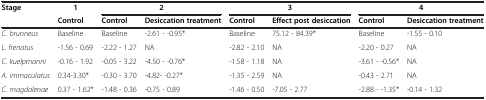
<table><thead><tr><td><b>Stage</b></td><td><b>1</b></td><td colspan="2"><b>2</b></td><td colspan="2"><b>3</b></td><td colspan="2"><b>4</b></td></tr><tr><td><b> </b></td><td><b>Control</b></td><td><b>Control</b></td><td><b>Desiccation treatment</b></td><td><b>Control</b></td><td><b>Effect post desiccation</b></td><td><b>Control</b></td><td><b>Desiccation treatment</b></td></tr></thead><tbody><tr><td><i>C. brunneus</i></td><td>Baseline</td><td>Baseline</td><td>-2.61 - -0.95*</td><td>Baseline</td><td>75.12 - 84.39*</td><td>Baseline</td><td>-1.55 - 0.10</td></tr><tr><td><i>L. frenatus</i></td><td>-1.56 - 0.69</td><td>-2.22 - 1.27</td><td>NA</td><td>-2.82 - 2.10</td><td>NA</td><td>-2.20 - 0.27</td><td>NA</td></tr><tr><td><i>C. kuelpmanni</i></td><td>-0.16 - 1.92</td><td>-0.05 - 3.22</td><td>-4.50 - -0.76*</td><td>-1.58 - 1.18</td><td>NA</td><td>-3.61 - -0.56*</td><td>NA</td></tr><tr><td><i>A. immaculatus</i></td><td>0.34-3.30*</td><td>-0.30 - 3.70</td><td>-4.82- -0.27*</td><td>-1.35 - 2.59</td><td>NA</td><td>-0.43 - 2.71</td><td>NA</td></tr><tr><td><i>C. magdalenae</i></td><td>0.37 - 1.62*</td><td>-1.48 - 0.36</td><td>-0.75 - 0.89</td><td>-1.46 - 0.50</td><td>-7.05 - 2.77</td><td>-2.88 - -1.35*</td><td>-0.14 - 1.32</td></tr></tbody></table>